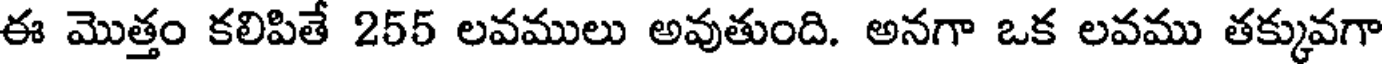
ఈ మొత్తం కలిపితే 255 లవములు అవుతుంది. అనగా ఒక లవము తక్కువగా